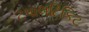
ટપાલટિકિટ